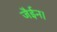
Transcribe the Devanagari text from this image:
जैईन।